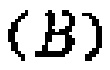
\((B)\)